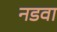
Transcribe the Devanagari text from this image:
नडवा